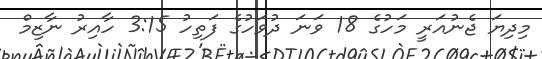
މިދިޔަ ޖެނުއަރީ މަހުގެ 18 ވަނަ ދުވަހުގެ ފަތިހު 3:15 ހާއިރު ނާޒިމް